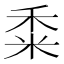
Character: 𥞫